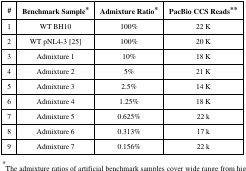
<table><thead><tr><td><b>#</b></td><td><b>Benchmark Sample*</b></td><td><b>Admixture Ratio*</b></td><td><b>PacBio CCS Reads**</b></td></tr></thead><tbody><tr><td>1</td><td>WT BH10</td><td>100%</td><td>22 K</td></tr><tr><td>2</td><td>WT pNL4-3 [25]</td><td>100%</td><td>20 K</td></tr><tr><td>3</td><td>Admixture 1</td><td>10%</td><td>18 K</td></tr><tr><td>4</td><td>Admixture 2</td><td>5%</td><td>21 K</td></tr><tr><td>5</td><td>Admixture 3</td><td>2.5%</td><td>14 K</td></tr><tr><td>6</td><td>Admixture 4</td><td>1.25%</td><td>18 K</td></tr><tr><td>7</td><td>Admixture 5</td><td>0.625%</td><td>22 k</td></tr><tr><td>8</td><td>Admixture 6</td><td>0.313%</td><td>17 k</td></tr><tr><td>9</td><td>Admixture 7</td><td>0.156%</td><td>22 k</td></tr></tbody></table>